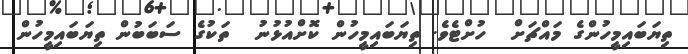
ތިޔަބައިމީހުންގެ މައްޗަށް  ހުށްޓެވެ. ތިޔަބައިމީހުން ކޮށްއުޅުނު  ތަކުގެ ސަބަބުން ތިޔަބައިމީހުން